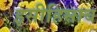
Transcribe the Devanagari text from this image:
इसीहिसाब